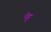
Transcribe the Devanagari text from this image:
पेट्ट्